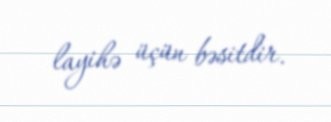
layihə üçün bəsitdir.